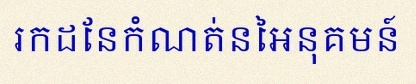
រកដែនកំណត់នៃអនុគមន៍